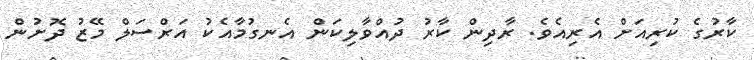
ކާރުގެ ކުރިއަށް އެރިއެވެ. ރާދިން ކާރު ދުއްވާލިކަން އެނގުމާއެކު އަރްސަލް މޭޒު ދޮށުން